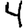
Digit: 4